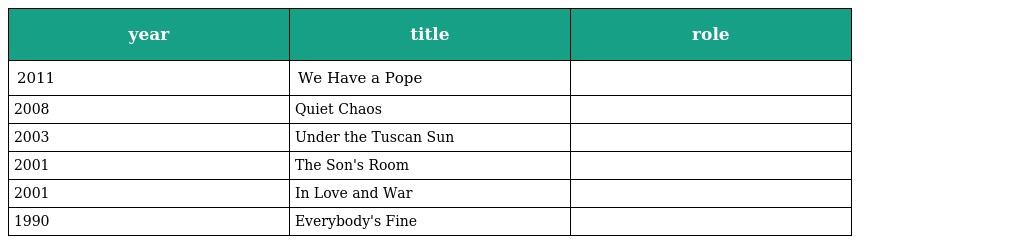
| year | title | role |
 | --- | --- | --- |
 | 2011 | We Have a Pope |  |
 | 2008 | Quiet Chaos |  |
 | 2003 | Under the Tuscan Sun |  |
 | 2001 | The Son's Room |  |
 | 2001 | In Love and War |  |
 | 1990 | Everybody's Fine |  |